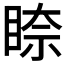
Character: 𥇧